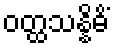
ဝတ္ထသန္နိဓိံ